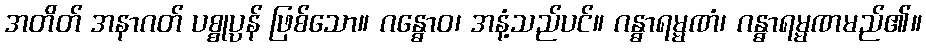
အတိတ် အနာဂတ် ပစ္စုပ္ပန် ဖြစ်သော။ ဂန္ဓောဝ၊ အနံ့သည်ပင်။ ဂန္ဓာရမ္မဏံ၊ ဂန္ဓာရမ္မဏမည်၏။